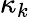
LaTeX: \kappa_{k}